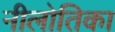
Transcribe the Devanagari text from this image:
नीलोतिका